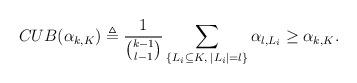
LaTeX: \begin{align*} CUB(\alpha_{k,K}) \triangleq \frac{1}{{\binom{k-1}{l-1}}} \sum_{\{L_i \subseteq K,\; |L_i|=l\}} \alpha_{l,L_i} \geq \alpha_{k,K}.\end{align*}